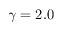
\gamma = 2 . 0